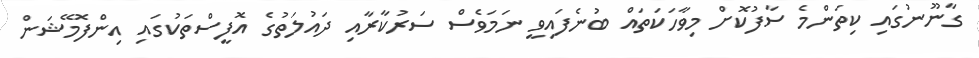
ގާނޫނުގައި ކިތަންމެ ސާފުކޮށް މިވާހަކަތައް ބުނެފައިވީ ނަމަވެސް ސަރުކާރާއި ދައުލަތުގެ އޮފީސްތަކުގައި އިންފޮމޭޝަން